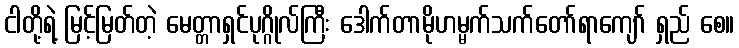
ငါတို့ရဲ့ မြင့်မြတ်တဲ့ မေတ္တာရှင်ပုဂ္ဂိုလ်ကြီး ဒေါက်တာမိုဟမ္မက်သက်တော်ရာကျော် ရှည် စေ။